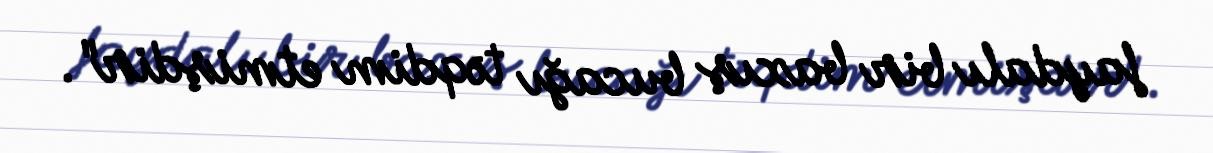
faydalı bir baxış bucağı təqdim etmişdir".